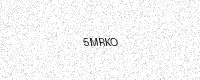
Text: 5MRKO